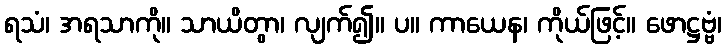
ရသံ၊ အရသာကို။ သာယိတွာ၊ လျက်၍။ ပ။ ကာယေန၊ ကိုယ်ဖြင့်။ ဖောဋ္ဌဗ္ဗံ၊